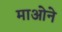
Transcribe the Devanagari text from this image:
माओने